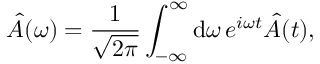
\hat { A } ( \omega ) = \frac { 1 } { \sqrt { 2 \pi } } \int _ { - \infty } ^ { \infty } \mathrm { d } \omega \, e ^ { i \omega t } \hat { A } ( t ) ,